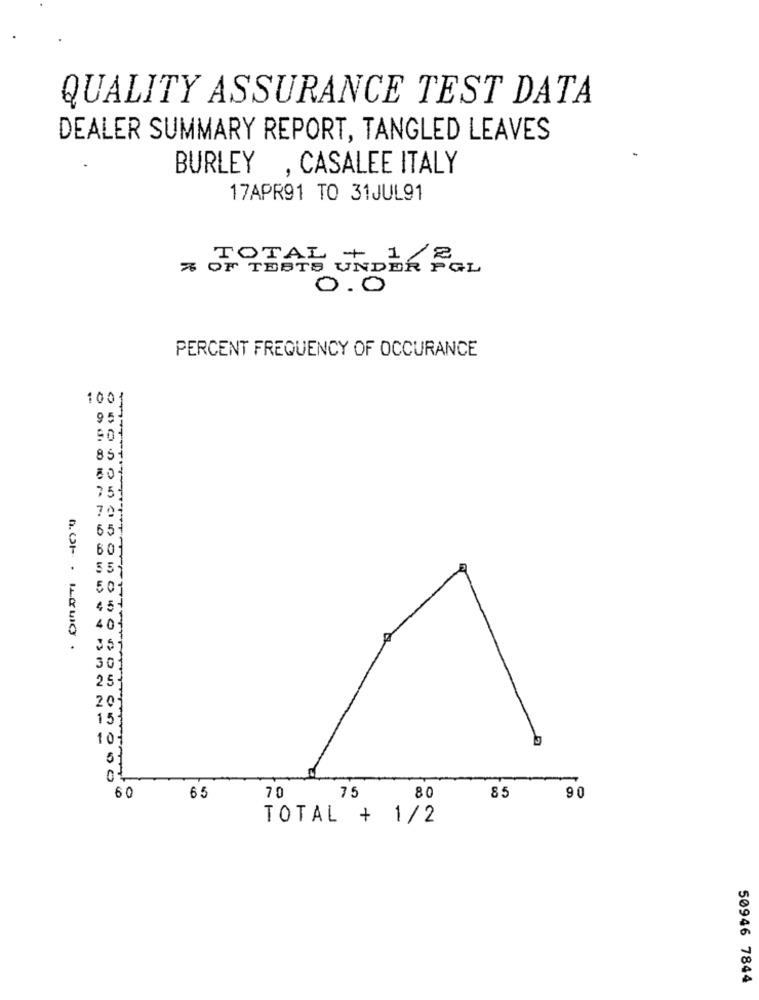
QUALITY ASSURANCE TEST DATA
DEALER SUMMARY REPORT, TANGLED LEAVES
BURLEY , CASALEE ITALY
17APR91 TO 31JUL91
TOTAL
+ 1/2
% OF TESTS UNDER FGL
0.0
PERCENT FREQUENCY OF OCCURANCE
1001
95
901
85-
001
251
701
65
60
55
501
4 5
40
A. OF . LEDIO .
351
30
25-
20
15
10
01
60
80
65
70
75
85
9 0
TOTAL + 1/2
50946 7844